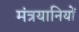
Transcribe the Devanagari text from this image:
मंत्रयानियों